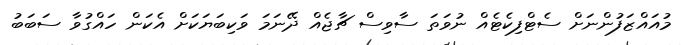
މުއައްޒަފުންނަށް ސެޓްފިކެޓެއް ނުވަތަ ސާވިސް ޗާޖެއް ދޭނަމަ ވަކިބަޔަކަށް އެކަން ހައްގުވާ ސަބަބު